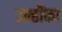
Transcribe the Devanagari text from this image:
उन्हींका